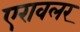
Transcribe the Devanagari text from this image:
एरावलर